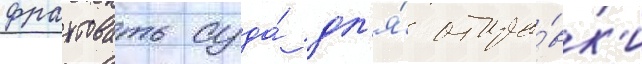
фрахтовать суда́ дл'я́ отпра́вк'и